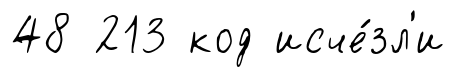
48 213 код исче́зл'и